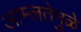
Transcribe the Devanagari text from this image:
आम्लतेमुळे